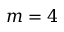
m = 4